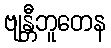
ဗျန္တီဘူတေန